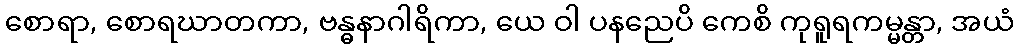
စောရာ, စောရဃာတကာ, ဗန္ဓနာဂါရိကာ, ယေ ဝါ ပနညေပိ ကေစိ ကုရူရကမ္မန္တာ, အယံ